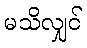
မသိလျှင်